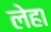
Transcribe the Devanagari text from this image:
लेहा